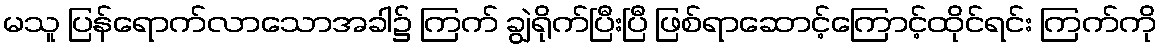
မသူ ပြန်ရောက်လာသောအခါ၌ ကြက် ချွဲရိုက်ပြီးပြီ ဖြစ်ရာဆောင့်ကြောင့်ထိုင်ရင်း ကြက်ကို